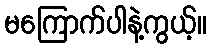
မကြောက်ပါနဲ့ကွယ့်။